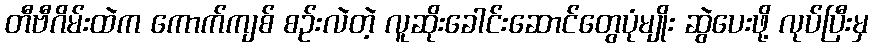
တီဗီဂိမ်းထဲက ကောက်ကျစ် စဉ်းလဲတဲ့ လူဆိုးခေါင်းဆောင်တွေပုံမျိုး ဆွဲပေးဖို့ လုပ်ပြီးမှ